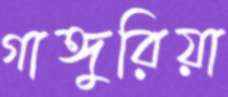
গাঙ্গুরিয়া